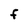
Character: F